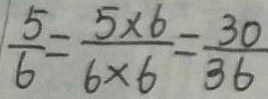
\frac { 5 } { 6 } = \frac { 5 \times 6 } { 6 \times 6 } = \frac { 3 0 } { 3 6 }